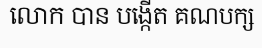
លោក បាន បង្កើត គណបក្ស